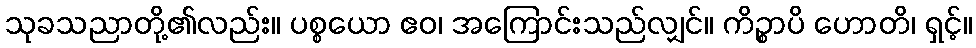
သုခသညာတို့၏လည်း။ ပစ္စယော ဧဝ၊ အကြောင်းသည်လျှင်။ ကိဉ္စာပိ ဟောတိ၊ ရှင့်။